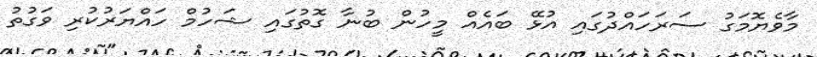
މާވެޔޮމަގު ސަރަހައްދުގައި އުޅޭ ބައެއް މީހުން ބުނާ ގޮތުގައި ޝަހުމް ހައްޔަރުކުރި ވަގުތު